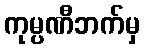
ကုမ္ပဏီဘက်မှ